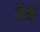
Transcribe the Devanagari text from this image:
वैष्ठ